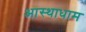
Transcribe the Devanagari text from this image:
आस्थाधाम